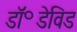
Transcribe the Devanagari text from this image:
डॉ॰डेविड